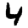
Digit: 4